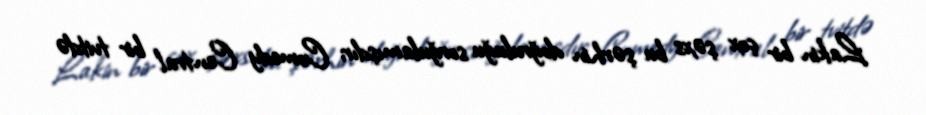
Lakin bir çox şəxs bu şərhin doğruluğu sorğulamışdır; Comedy Central bir tvitdə